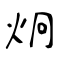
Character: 炯